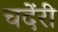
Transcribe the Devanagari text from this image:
चदेंरी